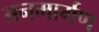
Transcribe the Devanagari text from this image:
अनमार्गण